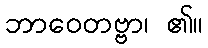
ဘာဝေတဗ္ဗာ၊ ၏။